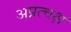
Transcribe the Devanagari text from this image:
अप्रत्चक्ष